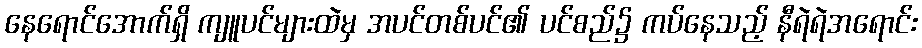
နေရောင်အောက်ရှိ ကျူပင်များထဲမှ အပင်တစ်ပင်၏ ပင်စည်၌ ကပ်နေသည့် နီရဲရဲအရောင်း